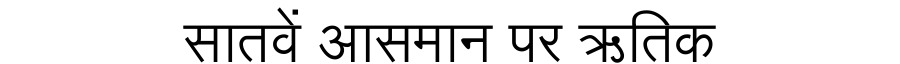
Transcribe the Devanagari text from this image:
सातवें आसमान पर ऋतिक